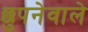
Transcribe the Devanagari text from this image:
छुपनेवाले